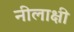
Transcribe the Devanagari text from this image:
नीलाक्षी